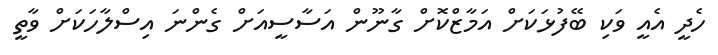
ހެދީ އެއީ ވަކި ބޭފުޅަކަށް އަމާޒްކޮށް ގާނޫން އަސާސީއަށް ގެންނަ އިސްލާހަކަށް ވާތީ